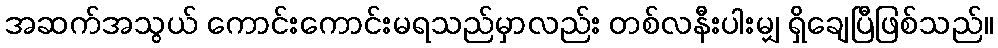
အဆက်အသွယ် ကောင်းကောင်းမရသည်မှာလည်း တစ်လနီးပါးမျှ ရှိချေပြီဖြစ်သည်။